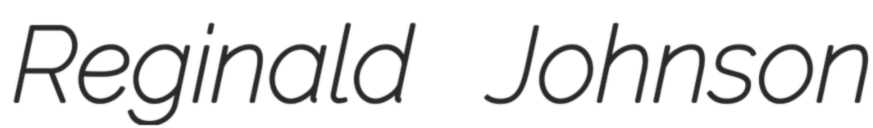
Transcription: Reginald Johnson